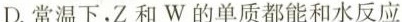
D.常温下，Z和W的单质都能和水反应